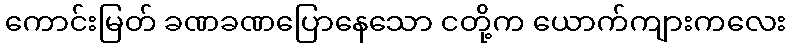
ကောင်းမြတ် ခဏခဏပြောနေသော ငတို့က ယောက်ကျားကလေး